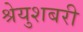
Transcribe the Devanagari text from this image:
श्रेयुशबरी